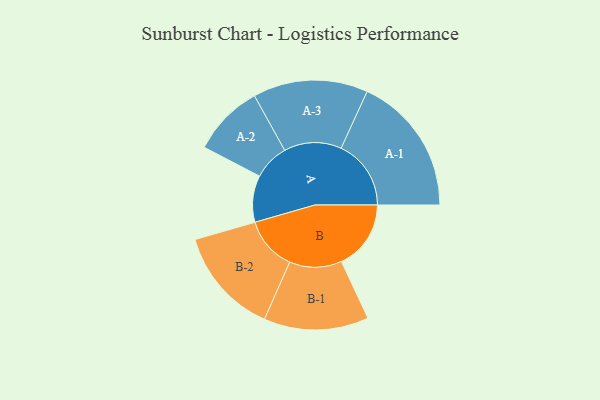
{"axis": {"x": "Segment", "y": "Value"}, "legend": ["", "A", "B"], "data": [{"x": "A", "y": 194, "type": ""}, {"x": "B", "y": 289, "type": ""}, {"x": "A-1", "y": 291, "type": "A"}, {"x": "A-2", "y": 149, "type": "A"}, {"x": "A-3", "y": 239, "type": "A"}, {"x": "B-1", "y": 218, "type": "B"}, {"x": "B-2", "y": 223, "type": "B"}]}